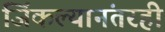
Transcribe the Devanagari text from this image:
जिंकल्यानंतरही